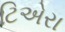
ટિએરા